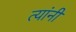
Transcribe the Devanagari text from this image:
त्‍यांंनी